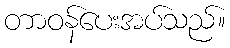
တာဝန်ပေးအပ်သည်။